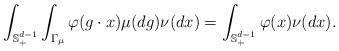
LaTeX: \begin{align*} \int_{ \mathbb{S}_+^{d-1} } \int_{ \Gamma_{\mu} } \varphi(g \cdot x) \mu(dg) \nu(dx) = \int_{ \mathbb{S}_+^{d-1} } \varphi(x) \nu(dx). \end{align*}